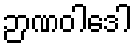
ဉာဏဝါဒေါ